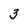
Character: 3